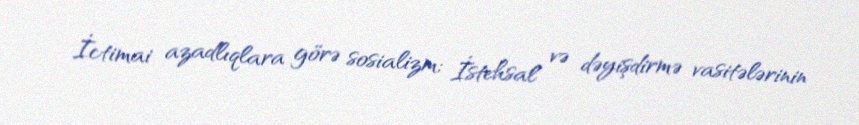
İctimai azadlıqlara görə sosializm; İstehsal və dəyişdirmə vasitələrinin